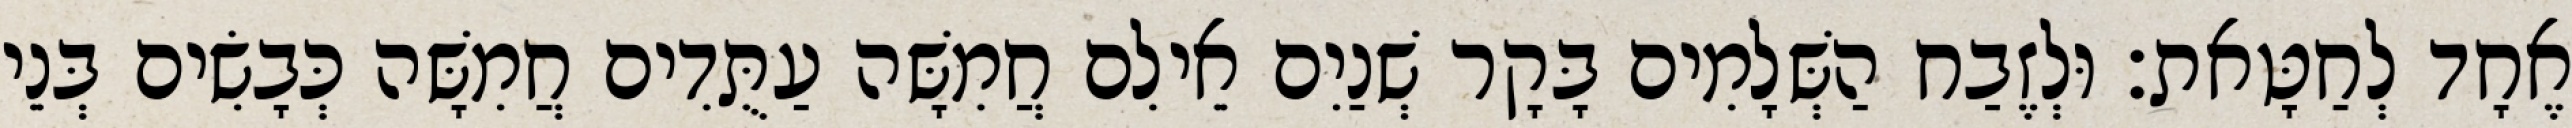
אֶחָד לְחַטָּאת׃ וּלְזֶבַח הַשְּׁלָמִים בָּקָר שְׁנַיִם אֵילִם חֲמִשָּׁה עַתֻּדִים חֲמִשָּׁה כְּבָשִׂים בְּנֵי